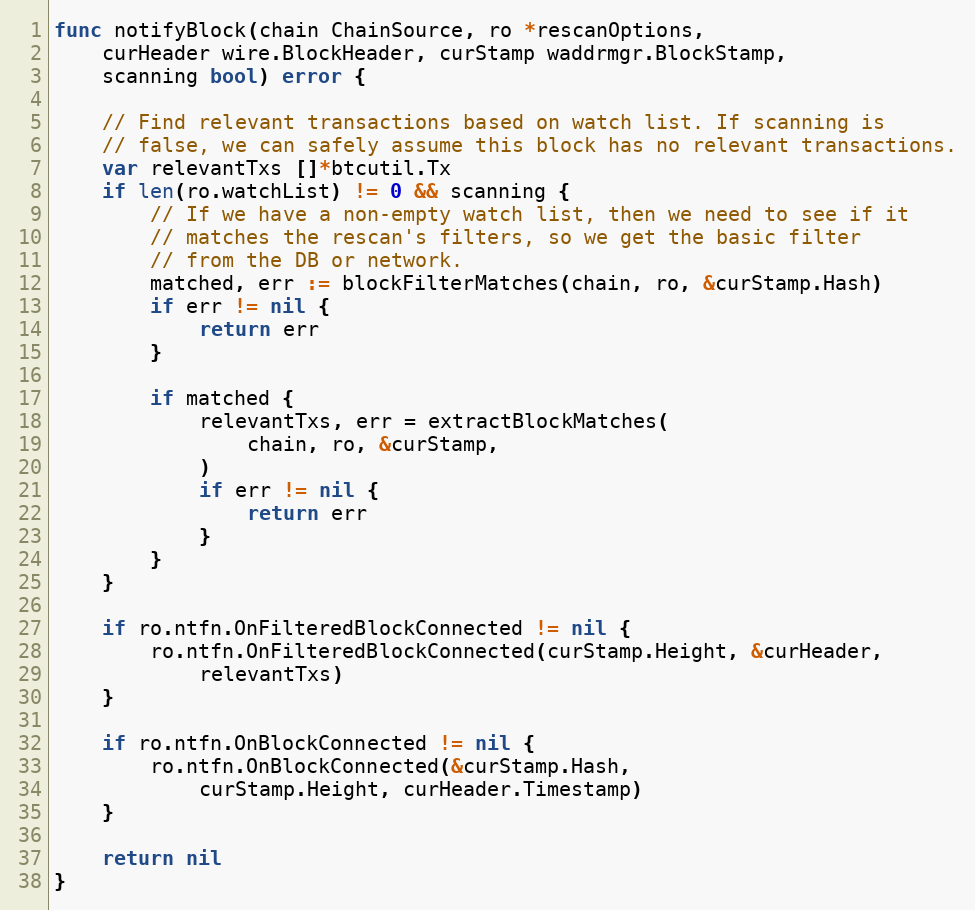
Language: Go
func notifyBlock(chain ChainSource, ro *rescanOptions,
	curHeader wire.BlockHeader, curStamp waddrmgr.BlockStamp,
	scanning bool) error {

	// Find relevant transactions based on watch list. If scanning is
	// false, we can safely assume this block has no relevant transactions.
	var relevantTxs []*btcutil.Tx
	if len(ro.watchList) != 0 && scanning {
		// If we have a non-empty watch list, then we need to see if it
		// matches the rescan's filters, so we get the basic filter
		// from the DB or network.
		matched, err := blockFilterMatches(chain, ro, &curStamp.Hash)
		if err != nil {
			return err
		}

		if matched {
			relevantTxs, err = extractBlockMatches(
				chain, ro, &curStamp,
			)
			if err != nil {
				return err
			}
		}
	}

	if ro.ntfn.OnFilteredBlockConnected != nil {
		ro.ntfn.OnFilteredBlockConnected(curStamp.Height, &curHeader,
			relevantTxs)
	}

	if ro.ntfn.OnBlockConnected != nil {
		ro.ntfn.OnBlockConnected(&curStamp.Hash,
			curStamp.Height, curHeader.Timestamp)
	}

	return nil
}